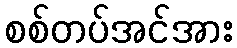
စစ်တပ်အင်အား